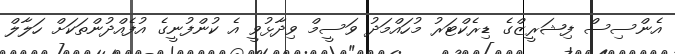
އެންސިސް ފިޝަރީޒްގެ ޑިރެކްޓަރު މުހައްމަދު ވަސީމް ވިދާޅުވީ އެ ކުންފުނީގެ އުފެއްދުންތަކަށް ހަލާލް